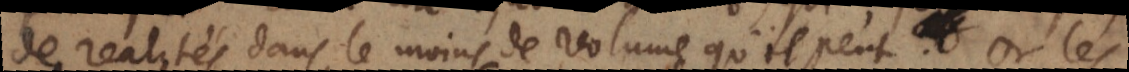
de realités dans le moins de volume qu’il peut. Or